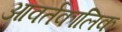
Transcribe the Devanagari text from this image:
आवर्तकालिक